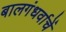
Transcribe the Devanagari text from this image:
बालगंधर्वाचें